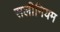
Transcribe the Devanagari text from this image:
सलीनियम